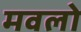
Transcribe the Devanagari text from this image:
मवलो